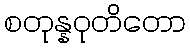
စတုန္နဝုတိတော